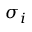
\sigma _ { i }